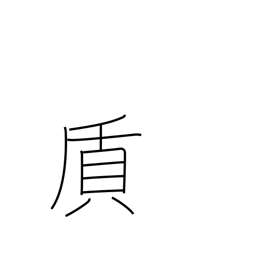
Meaning: material